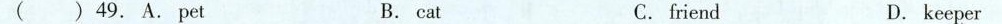
( )49. A.Pet B. cat C. friend D. keeper